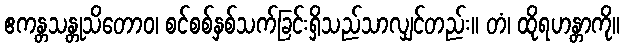
ဧကန္တသန္တုသိတောဝ၊ စင်စစ်နှစ်သက်ခြင်းရှိသည်သာလျှင်တည်း။ တံ၊ ထိုရဟန္တာကို။